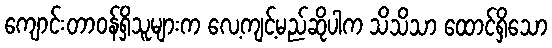
ကျောင်းတာဝန်ရှိသူများက လေ့ကျင့်မည်ဆိုပါက သိသိသာ ထောင်ရှိသော